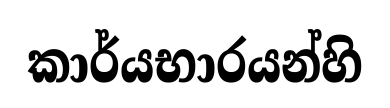
කාර්යභාරයන්හි